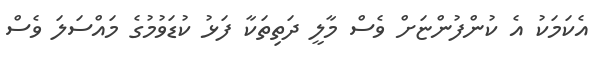
އެކަމަކު އެ ކުންފުންޏަށް ވެސް މާލީ ދަތިތަކާ ފަޅު ކުޑަވުމުގެ މައްސަލަ ވެސް